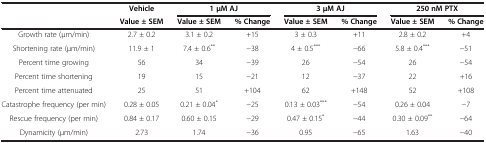
<table><thead><tr><td><b> </b></td><td><b>Vehicle</b></td><td colspan="2"><b>1 μM AJ</b></td><td colspan="2"><b>3 μM AJ</b></td><td colspan="2"><b>250 nM PTX</b></td></tr><tr><td><b> </b></td><td><b>Value ± SEM</b></td><td><b>Value ± SEM</b></td><td><b>% Change</b></td><td><b>Value ± SEM</b></td><td><b>% Change</b></td><td><b>Value ± SEM</b></td><td><b>% Change</b></td></tr></thead><tbody><tr><td>Growth rate (μm/min)</td><td>2.7 ± 0.2</td><td>3.1 ± 0.2</td><td>+15</td><td>3 ± 0.3</td><td>+11</td><td>2.8 ± 0.2</td><td>+4</td></tr><tr><td>Shortening rate (μm/min)</td><td>11.9 ± 1</td><td>7.4 ± 0.6<sup>**</sup></td><td>−38</td><td>4 ± 0.5<sup>***</sup></td><td>−66</td><td>5.8 ± 0.4<sup>***</sup></td><td>−51</td></tr><tr><td>Percent time growing</td><td>56</td><td>34</td><td>−39</td><td>26</td><td>−54</td><td>26</td><td>−54</td></tr><tr><td>Percent time shortening</td><td>19</td><td>15</td><td>−21</td><td>12</td><td>−37</td><td>22</td><td>+16</td></tr><tr><td>Percent time attenuated</td><td>25</td><td>51</td><td>+104</td><td>62</td><td>+148</td><td>52</td><td>+108</td></tr><tr><td>Catastrophe frequency (per min)</td><td>0.28 ± 0.05</td><td>0.21 ± 0.04<sup>*</sup></td><td>−25</td><td>0.13 ± 0.03<sup>***</sup></td><td>−54</td><td>0.26 ± 0.04</td><td>−7</td></tr><tr><td>Rescue frequency (per min)</td><td>0.84 ± 0.17</td><td>0.60 ± 0.15</td><td>−29</td><td>0.47 ± 0.15<sup>*</sup></td><td>−44</td><td>0.30 ± 0.09<sup>**</sup></td><td>−64</td></tr><tr><td>Dynamicity (μm/min)</td><td>2.73</td><td>1.74</td><td>−36</td><td>0.95</td><td>−65</td><td>1.63</td><td>−40</td></tr></tbody></table>